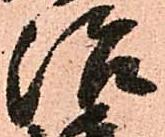
治